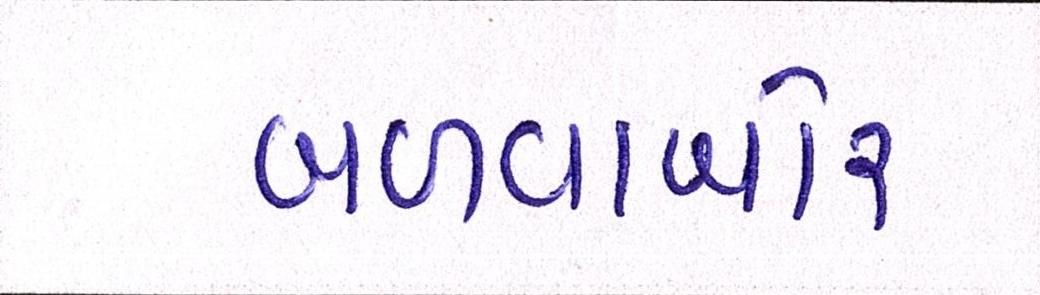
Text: બળવાખોર